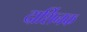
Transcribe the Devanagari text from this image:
दार्शिनक